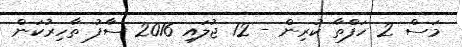
މަސް 2 ހަފްތާ ކުރިން - 12 ޖުލައި 2016 ސާފު ތާހިރުކަން